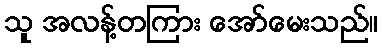
သူ အလန့်တကြား အော်မေးသည်။